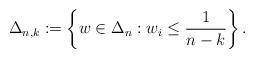
LaTeX: \begin{align*} \Delta_{n,k}:=\left\{w\in\Delta_n:w_i\le \frac{1}{n-k}\right\}.\end{align*}